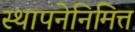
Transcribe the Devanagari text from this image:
स्थापनेनिमित्त